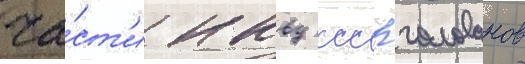
ча́ст'и нквд ссср голованов